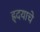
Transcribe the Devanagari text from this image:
ह्र्दयाचे